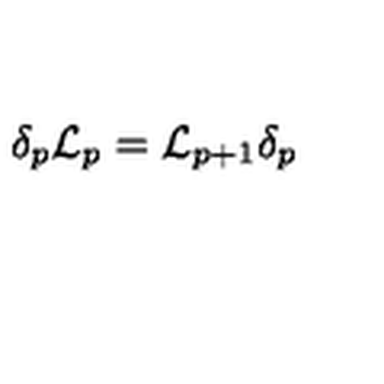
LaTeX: \delta _ { p } { \cal L } _ { p } = { \cal L } _ { p + 1 } \delta _ { p }